65_HS1-834228961_62-HQ-83894_Section_3
Agency: FBI
Page 162
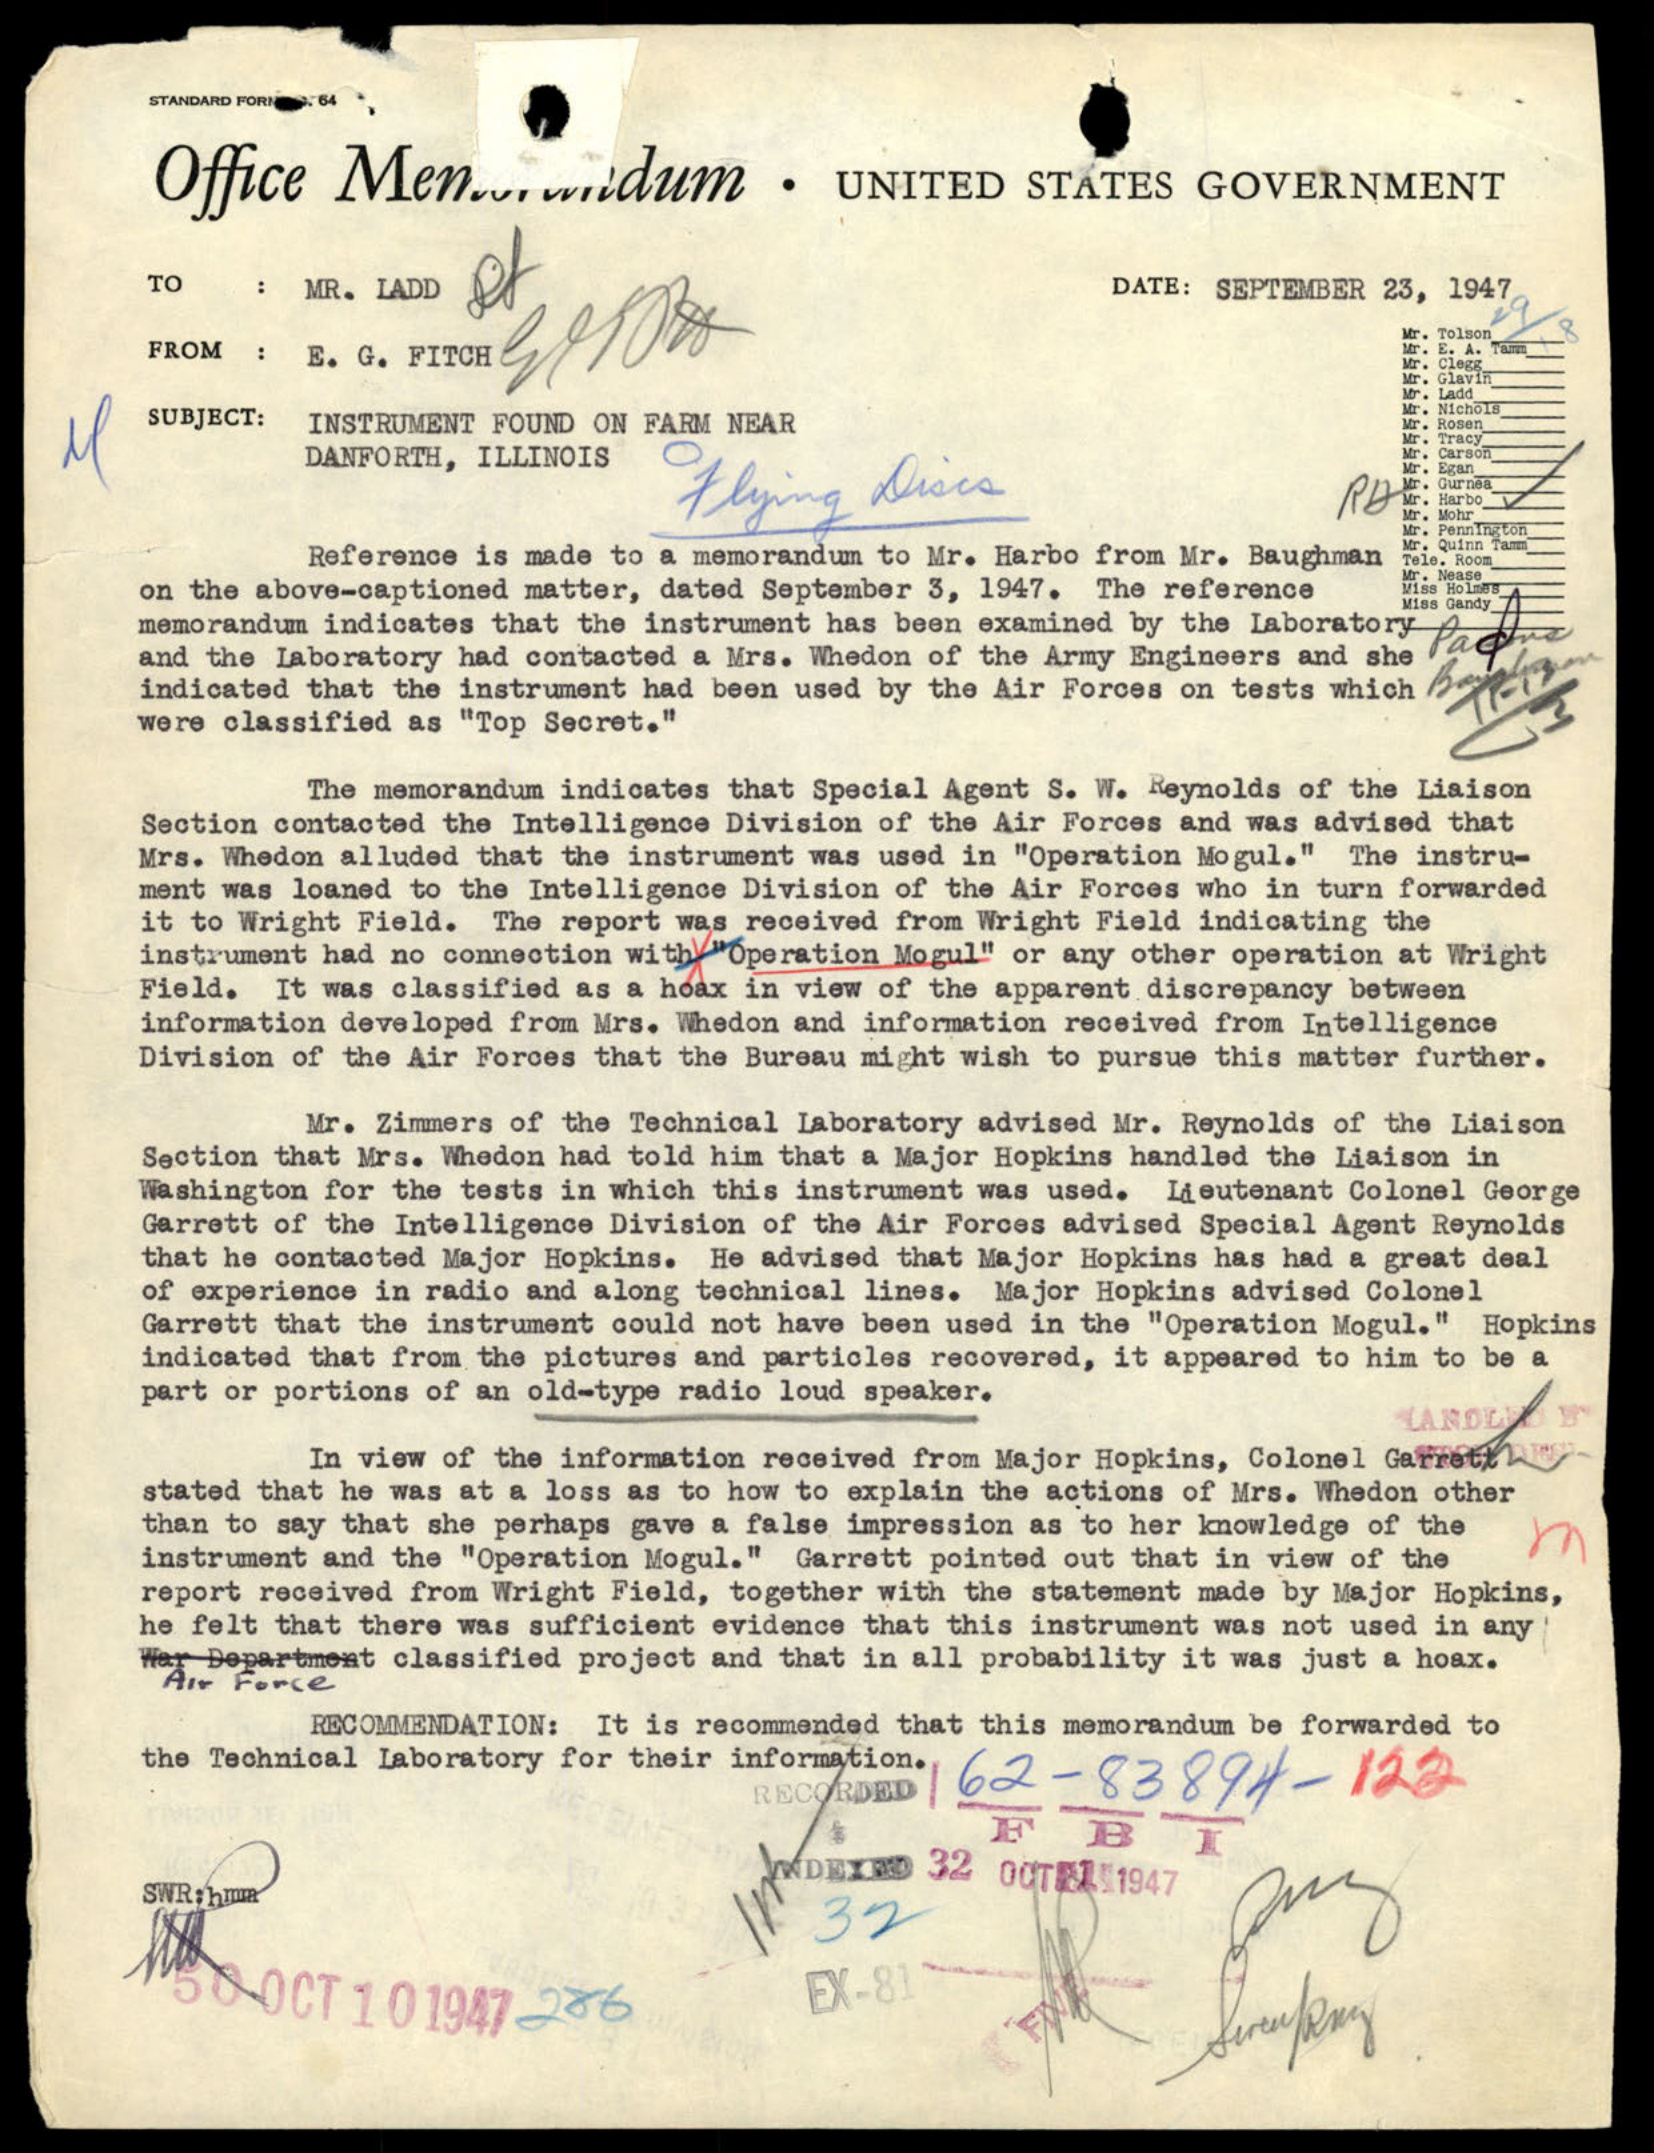